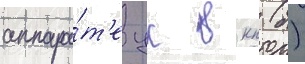
аппара́т'е цк вкп (б)